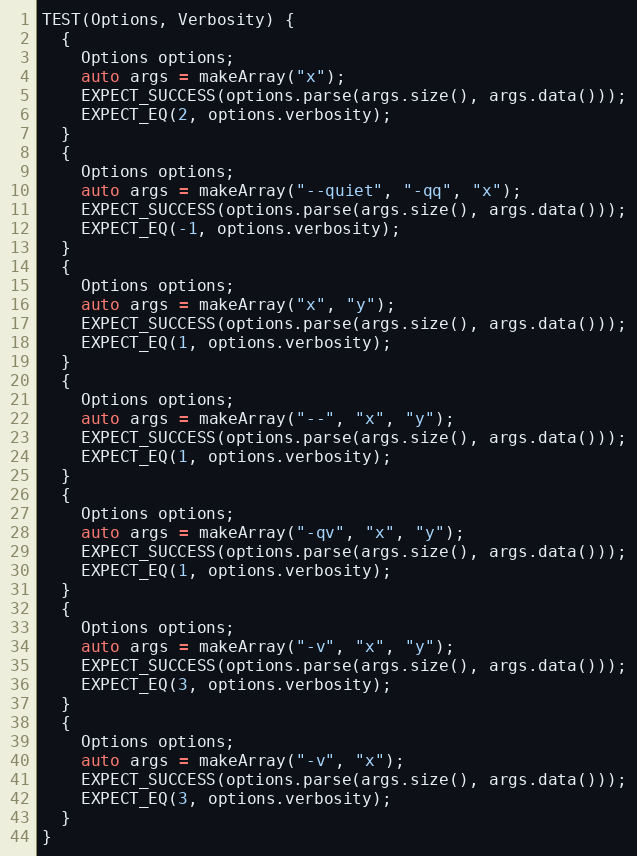
Language: C++
TEST(Options, Verbosity) {
  {
    Options options;
    auto args = makeArray("x");
    EXPECT_SUCCESS(options.parse(args.size(), args.data()));
    EXPECT_EQ(2, options.verbosity);
  }
  {
    Options options;
    auto args = makeArray("--quiet", "-qq", "x");
    EXPECT_SUCCESS(options.parse(args.size(), args.data()));
    EXPECT_EQ(-1, options.verbosity);
  }
  {
    Options options;
    auto args = makeArray("x", "y");
    EXPECT_SUCCESS(options.parse(args.size(), args.data()));
    EXPECT_EQ(1, options.verbosity);
  }
  {
    Options options;
    auto args = makeArray("--", "x", "y");
    EXPECT_SUCCESS(options.parse(args.size(), args.data()));
    EXPECT_EQ(1, options.verbosity);
  }
  {
    Options options;
    auto args = makeArray("-qv", "x", "y");
    EXPECT_SUCCESS(options.parse(args.size(), args.data()));
    EXPECT_EQ(1, options.verbosity);
  }
  {
    Options options;
    auto args = makeArray("-v", "x", "y");
    EXPECT_SUCCESS(options.parse(args.size(), args.data()));
    EXPECT_EQ(3, options.verbosity);
  }
  {
    Options options;
    auto args = makeArray("-v", "x");
    EXPECT_SUCCESS(options.parse(args.size(), args.data()));
    EXPECT_EQ(3, options.verbosity);
  }
}